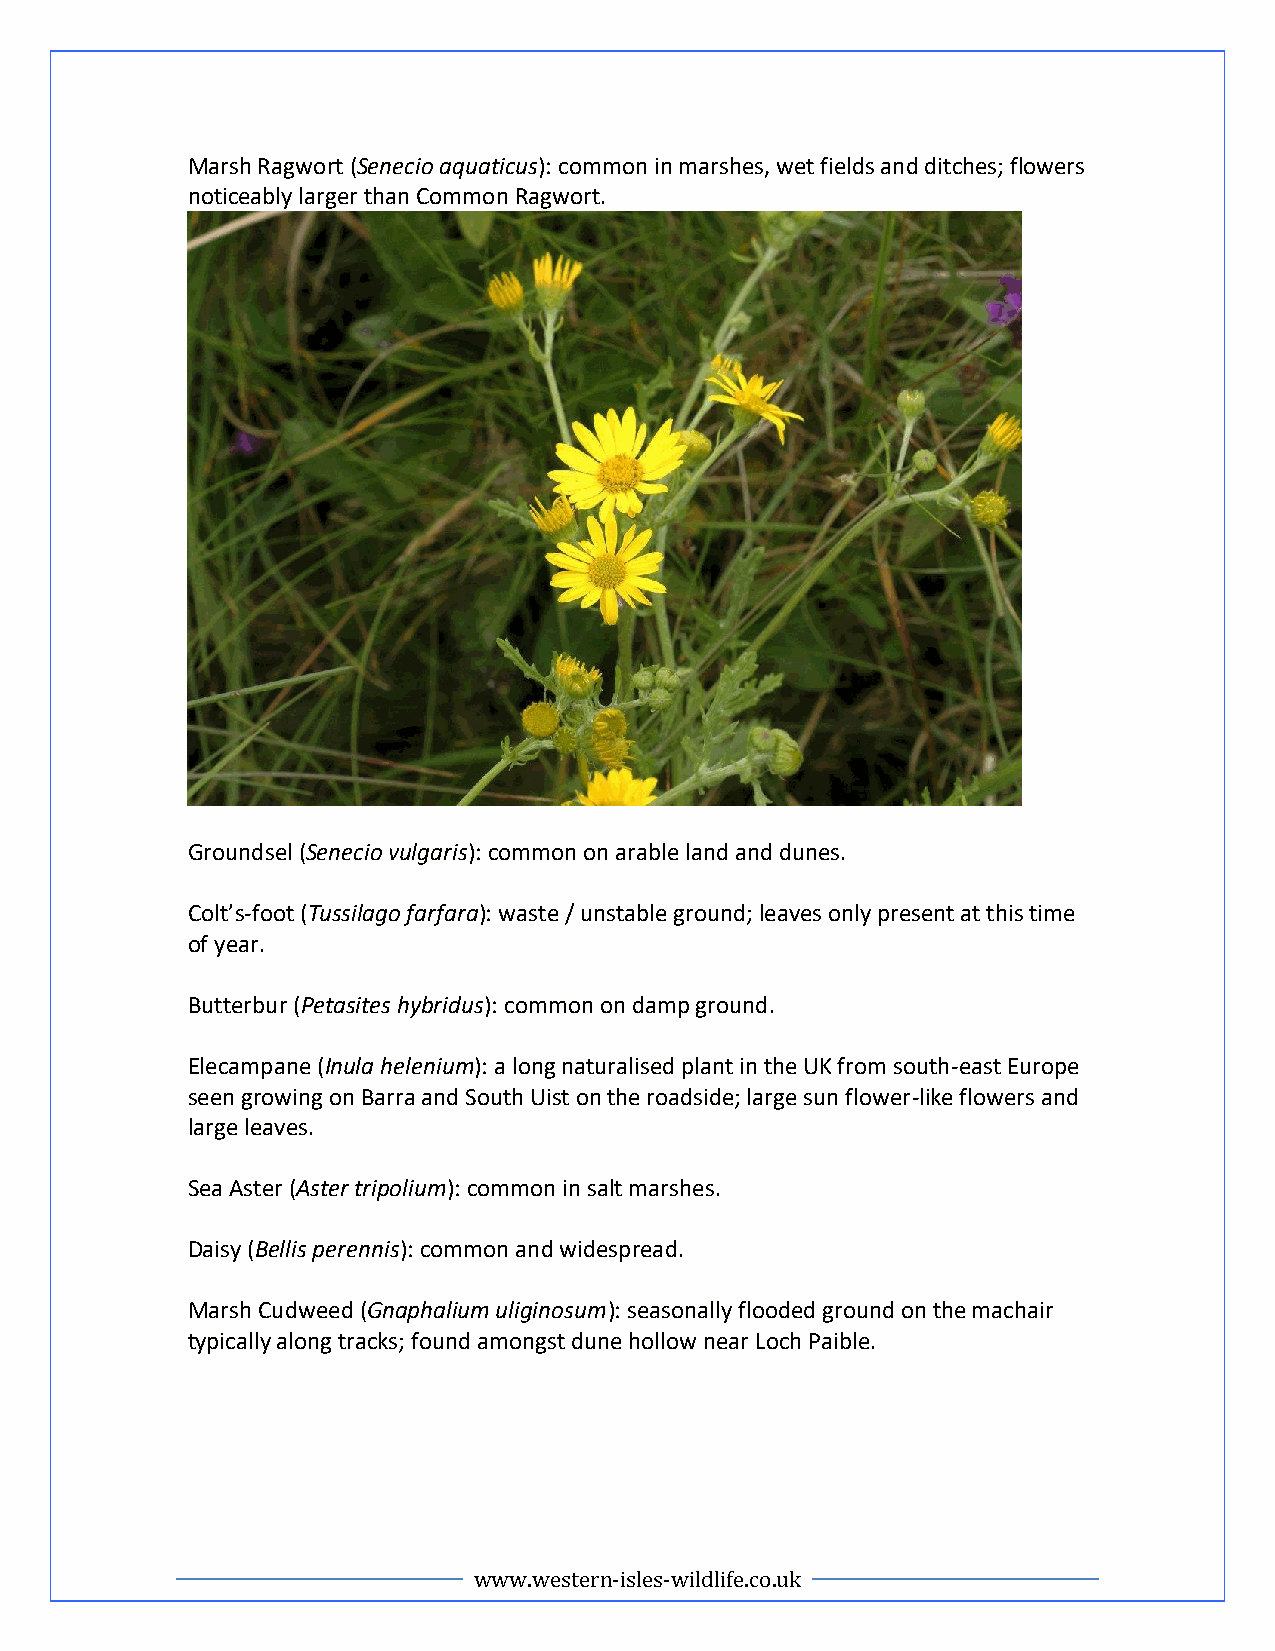
Marsh Ragwort (Senecio aquaticus): common in marshes, wet fields and ditches; flowers
 noticeably larger than Common Ragwort.
 Groundsel (Senecio vulgaris): common on arable land and dunes.
 Colt’s-foot (Tussilago farfara): waste / unstable ground; leaves only present at this time
 of year.
 Butterbur (Petasites hybridus): common on damp ground.
 Elecampane (Inula helenium): a long naturalised plant in the UK from south-east Europe
 seen growing on Barra and South Uist on the roadside; large sun flower-like flowers and
 large leaves.
 Sea Aster (Aster tripolium): common in salt marshes.
 Daisy (Bellis perennis): common and widespread.
 Marsh Cudweed (Gnaphalium uliginosum): seasonally flooded ground on the machair
 typically along tracks; found amongst dune hollow near Loch Paible.
 www.western-isles-wildlife.co.uk